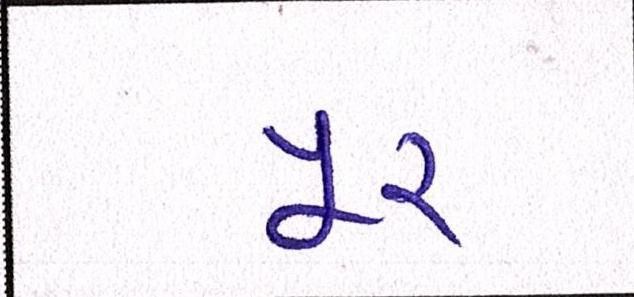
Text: પૂર